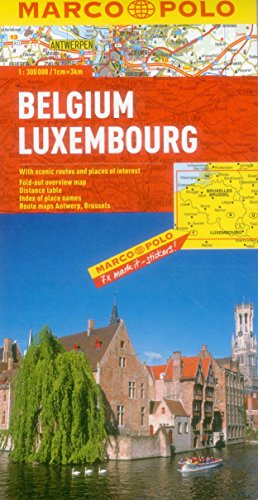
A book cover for Belgium/Luxembourg Marco Polo Map (Marco Polo Maps); Marco Polo Travel; Travel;